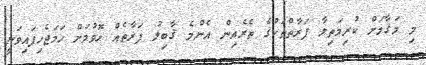
މި މަޤާމަށް ކުރިމަތިލާ ފަރާތްތަކުގެ ތެރެއިން އެންމެ ޤާބިލު ފަރާތެއް ހޮވުމަށް ހަމަޖެހިފައިވަނީ